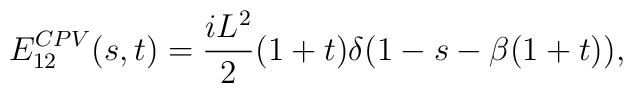
E^{CPV}_{12}(s,t)={{iL^2}\over 2}(1+t)\delta(1-s-\beta (1+t)),